Scottish Leaving Certificate Examination, 1952
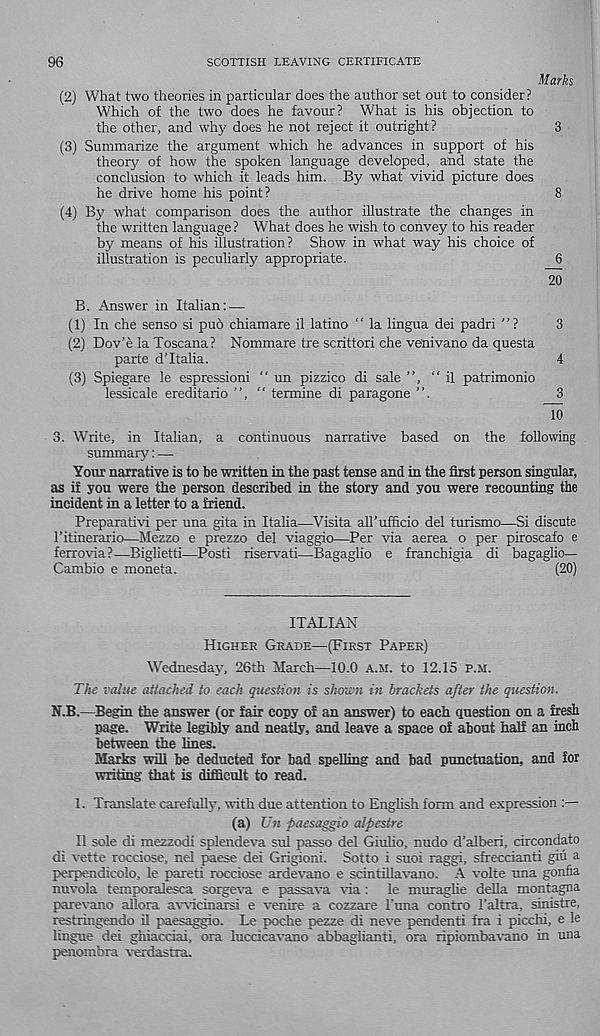
96
SCOTTISH LEAVING CERTIFICATE
Marks
(2) What two theories in particular does the author set out to consider?
Which of the two does he favour? What is his objection to
the other, and why does he not reject it outright?
3
(3) Summarize the argument which he advances in support of his
theory of how the spoken language developed, and state the
conclusion to which it leads him. By what vivid picture does
he drive home his point?
8
(4) By what comparison does the author illustrate the changes in
the written language? What does he wish to convey to his reader
by means of his illustration? Show in what way his choice of
illustration is peculiarly appropriate.
6
20
B. Answer in Italian: —
(1) In che senso si pub chiamare il latino " la lingua dei padri ”?
3
(2) Dov’e la Toscana? Nommare tre scrittori che venivano da questa
parte dTtalia.
4
(3) Spiegare le espressioni “ un pizzico di sale ”, " il patrimonio
lessicale ereditario ”, “ termine di paragone ”.
3
~10
3. Write, in Italian, a continuous narrative based on the following
summary: —
Your narrative is to be written in the past tense and in the first person singular,
as if you were the person described in the story and you were recounting the
incident in a letter to a Mend.
PrepaiatM per una gita in Italia—Visita all'ufficio del turismo—Si discute
ritinerario—Mezzo e prezzo del viaggio—Per via aerea o per piroscafo e
ferrovia?—Biglietti—Posti riservati—Bagaglio e franchigia di bagaglio—
Cambio e moneta.
(20)
ITALIAN
Higher Grade—(First Paper)
Wednesday, 26th March—10.0 A.M. to 12.15 p.h.
The value attached to each question is shown in brackets after the question.
N.B.—Begin the answer (or fair copy of an answer) to each question on a fresh
page. Write legibly and neatly, and leave a space of about half an inch
between the lines.
Marks will be deducted for bad spelling and bad punctuation, and for
writing that is difficult to read.
1. Translate carefully, with due attention to English form and expression :—
(a) Un paesaggio alpestre
Il sole di mezzodi splendeva sul passo del Giulio, nudo d’alberi. circondato
(I: vette rocciose, nel paese dei Grigioni. Sotto i suoi raggi, sfreccianti giu a
perpendicolo, le pareti rocciose ardevano e scintillavano. A volte nna gonfia
nuvola temporalesca soigeva e passava via: le muraglie della montagna
parevano allora avvieinaisi e venire a cozzaxe Fima contro Faltra, simstre,
restrimgendo il paesaggio. Le poche pezze di neve pendenti fra i picchi, e le
lingne dei gluacdai, ora luccicavano abbaglianti, ora ripiombavano in una
penombra verdastea.